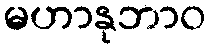
မဟာနုဘာဝ